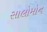
સાલોમોન